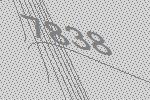
7838